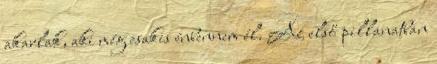
akarlak, aki még csakis énbennem él. Az első pillanatban